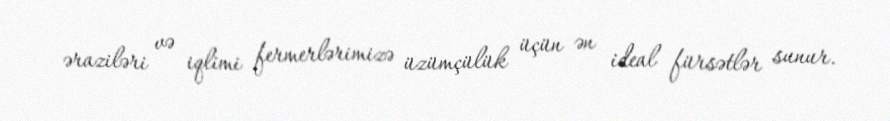
əraziləri və iqlimi fermerlərimizə üzümçülük üçün ən ideal fürsətlər sunur.